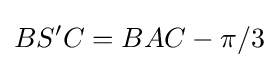
BS'C=BAC-\pi /3